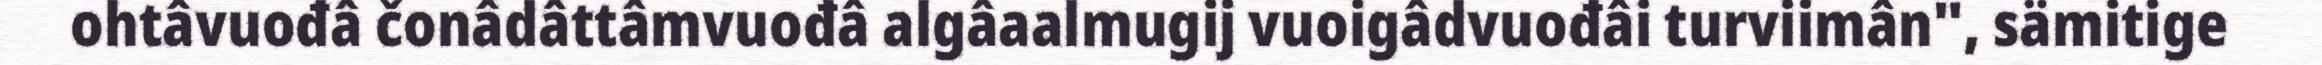
ohtâvuođâ čonâdâttâmvuođâ algâaalmugij vuoigâdvuođâi turviimân", sämitige